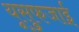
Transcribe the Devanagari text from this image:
यूसुफजाई